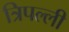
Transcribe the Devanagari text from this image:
त्रिपल्ली